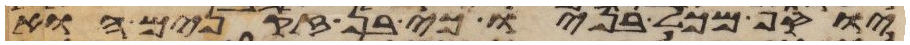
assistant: יוסף מכל בניו כי בן זקנים הוא